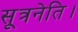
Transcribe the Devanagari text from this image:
सूत्रनेति।